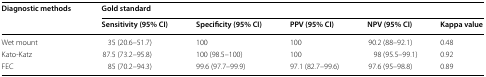
<table><thead><tr><td rowspan="2"><b>Diagnostic methods</b></td><td colspan="5"><b>Gold standard</b></td></tr><tr><td><b>Sensitivity (95% CI)</b></td><td><b>Specificity (95% CI)</b></td><td><b>PPV (95% CI)</b></td><td><b>NPV (95% CI)</b></td><td><b>Kappa value</b></td></tr></thead><tbody><tr><td>Wet mount</td><td>35 (20.6–51.7)</td><td>100</td><td>100</td><td>90.2 (88–92.1)</td><td>0.48</td></tr><tr><td>Kato-Katz</td><td>87.5 (73.2–95.8)</td><td>100 (98.5–100)</td><td>100</td><td>98 (95.5–99.1)</td><td>0.92</td></tr><tr><td>FEC</td><td>85 (70.2–94.3)</td><td>99.6 (97.7–99.9)</td><td>97.1 (82.7–99.6)</td><td>97.6 (95–98.8)</td><td>0.89</td></tr></tbody></table>